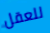
للعقل